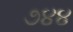
૭૪૪